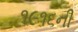
૧૯૧૬ની